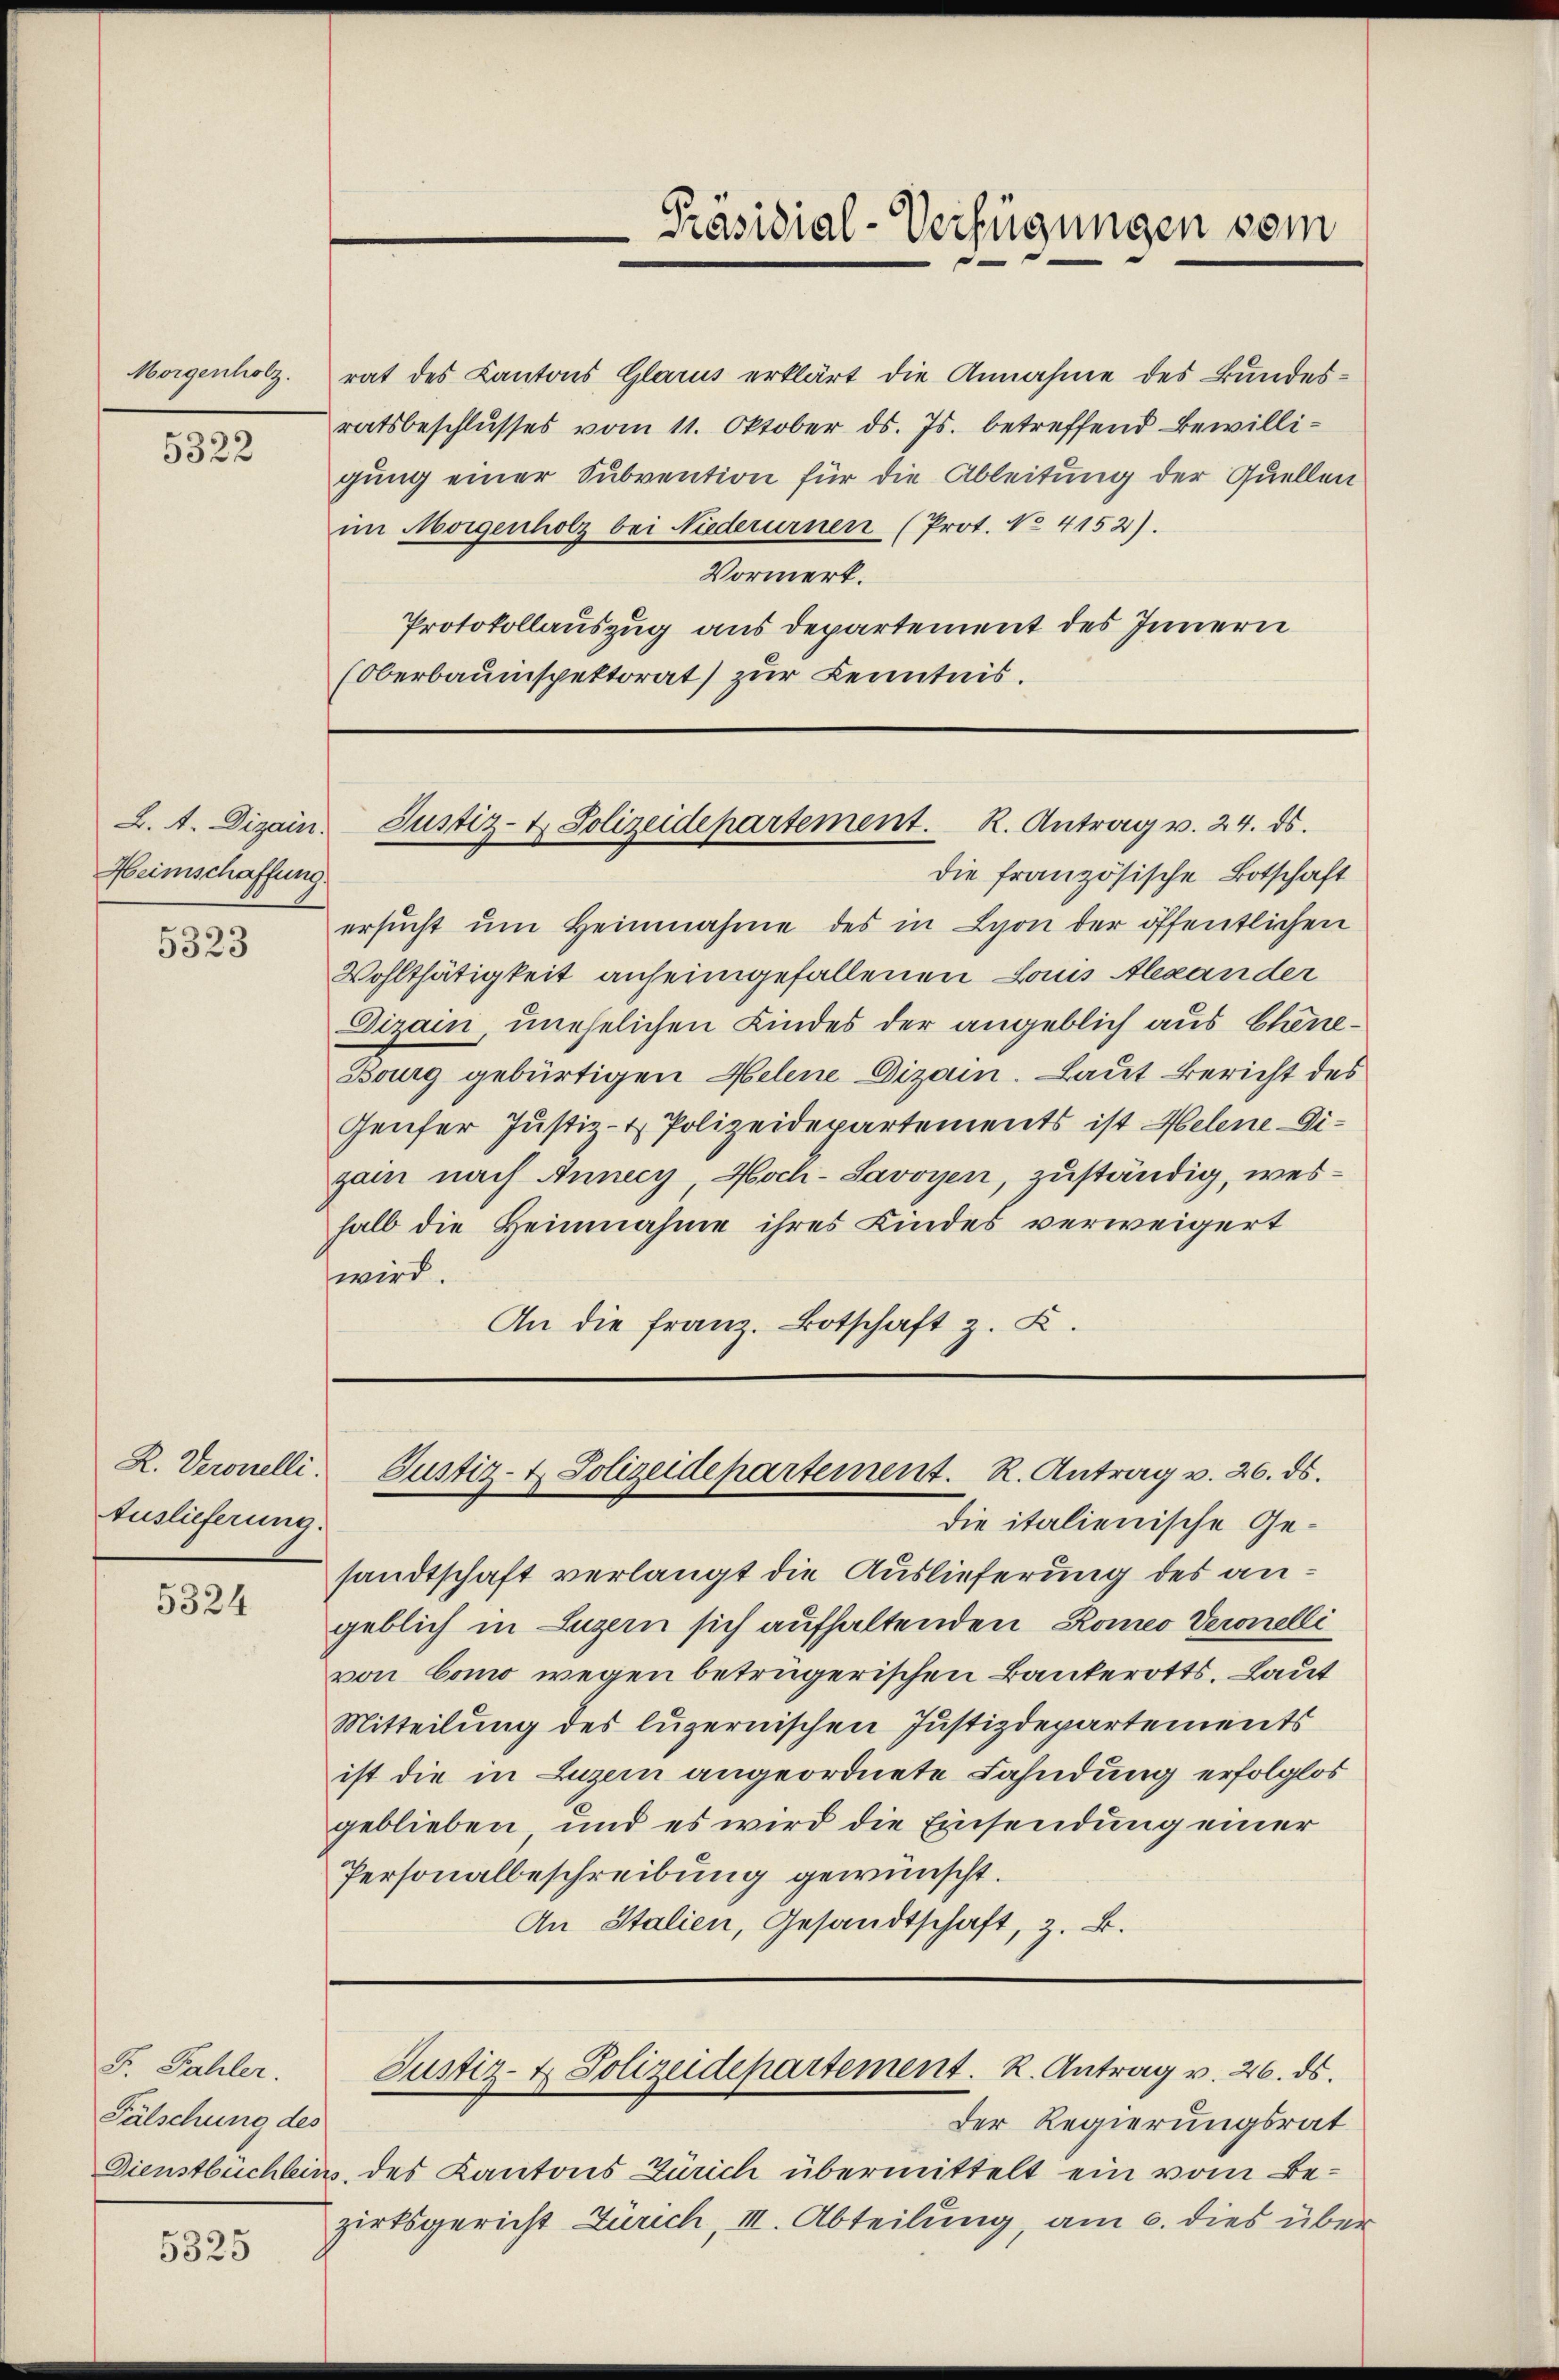
Morgenholz.

5322

L. A. Digain.
Heimschaffung.

5323

Auslieferung.

5324

F. Fahler.
Fälschung des

5325

rat des Kantons Glarus erklärt die Annahme des Bundesratsbeschlusses vom 11. Oktober ds. Js. betreffend Bewilligung einer Subvention für die Ableitung der Quellen
im Morgenholz bei Niederurnen (Prot. No 4152).
Vormerk.
Protokollauszug aus Departement des Innern
(Oberbauinspektorat) zur Kenntnis.

die französische Botschaft
ersŭcht ŭm Heinnahme des in Lyon der öffentlichen
Wohlthätigkeit anheimgefallenen Louis Alexander
Dizain, unehelichen Kindes der angeblich aus Chene¬
Bourg gebürtigen Helene Dizain. Laut Bericht des
Genfer Justiz- & Polizeidepartements ist Helene Digain nach Annecy Hoch-Savoyen, zuständig, weshalb die Heinnahme ihres Kindes verweigert
wird.
An die Franz. Botschaft z. Z.

Präsidial-Verfügungen vom

Justiz- & Polizeidepartement. R. Antrag v. 24. ds.

R. Veronelli. Justiz- & Polizeidepartement. R. Antrag v. 26. ds.

die italienische Gesandtschaft verlangt die Auslieferung des angeblich in Luzern sich aufhaltenden Romeo Veronelli
von Como wegen betrügerischen Banterotts. Laut
Mitteilung des luzernischen Justizdepartements
ist die in Luzern angeordnete Fahndung erfolglos
geblieben, und es wird die Einsendung einer
Personalbeschreibung gewünscht.
An Stalien, Gesandtschaft, z. B.

Justiz- & Polizeidepartement. K. Antrag v. 26. ds.

Der Regierungsrat
Dienstbuchleins, des Kantons Zürich übermittelt ein vom Bezirksgericht Zürich, III. Abteilung, am 6. dies über